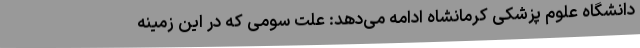
دانشگاه علوم پزشکی کرمانشاه ادامه می‌دهد: علت سومی که در این زمینه